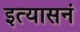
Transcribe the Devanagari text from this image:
इत्यासनं